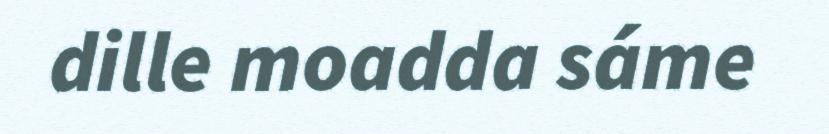
dille moadda sáme